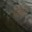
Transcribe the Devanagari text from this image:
येतेही